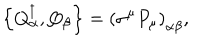
\left\{ Q _ { \alpha } ^ { \dagger } , Q _ { \beta } \right\} = \left( \sigma ^ { \mu } P _ { \mu } \right) _ { \alpha \beta } ,